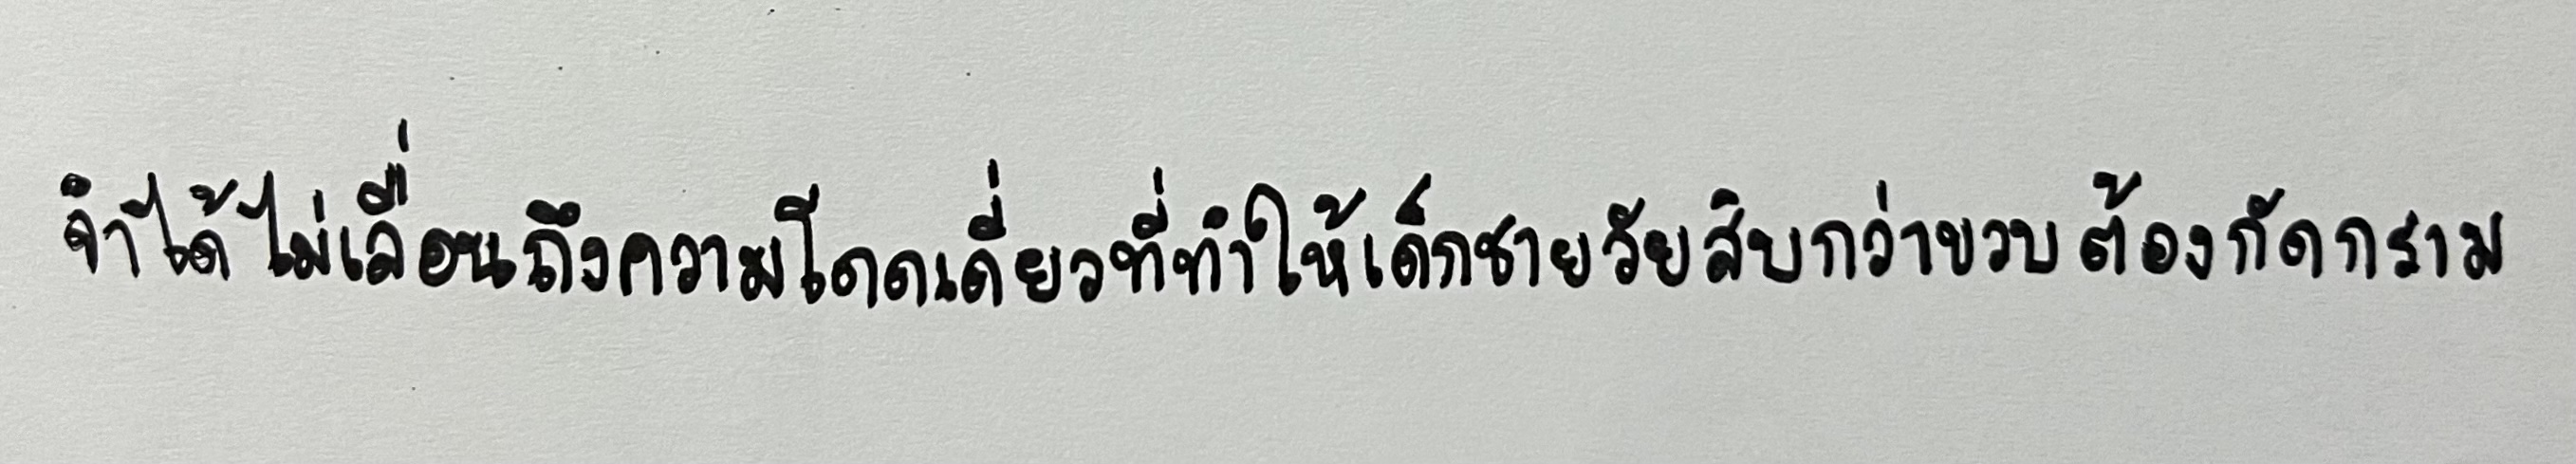
จำได้ไม่เลือนถึงความโดดเดี่ยวที่ทำให้เด็กชายวัยสิบกว่าขวบต้องกัดกราม